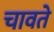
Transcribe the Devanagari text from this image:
चावते